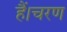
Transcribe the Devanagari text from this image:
हैं।चरण